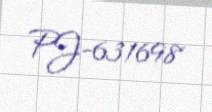
PJ-631698